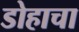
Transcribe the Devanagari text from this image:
डोहाचा